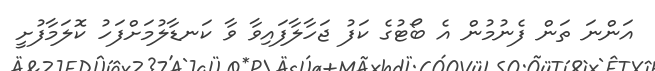
އަންނަ ތަން ފެނުމުން އެ ބޯޓުގެ ކަފު ޖަހާލާފައިވާ ވާ ކަނޑާލުމަށްފަހު ކޮލަމާފުށީ